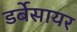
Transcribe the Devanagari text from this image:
डर्बेसायर